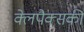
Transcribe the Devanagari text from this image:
क्लेपैक्सकी